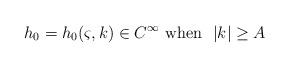
LaTeX: \begin{align*}h_0=h_0(\varsigma,k)\in C^\infty~{\rm when}~~|k|\geq A\end{align*}